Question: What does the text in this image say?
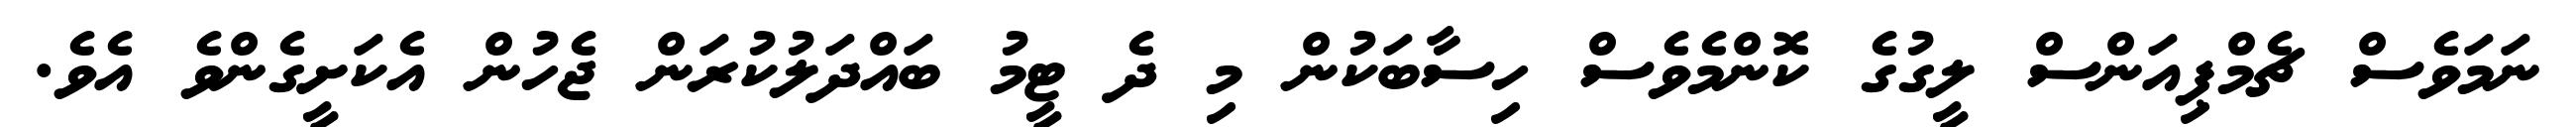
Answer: ނަމަވެސް ޗެމްޕިއަންސް ލީގުގެ ކޮންމެވެސް ހިސާބަކުން މި ދެ ޓީމު ބައްދަލުކުރަން ޖެހުން އެކަށީގެންވެ އެވެ.